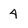
Character: 4